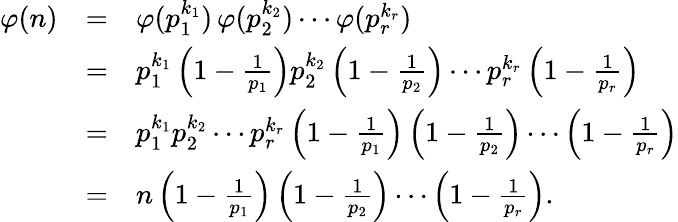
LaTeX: {\begin{array}{rcl}{\varphi(n)}&{=}&{\varphi(p_{1}^{k_{1}})\, \varphi(p_{2}^{k_{2}})\cdots\varphi(p_{r}^{k_{r}})}\\ &{=}&{p_{1}^{k_{1}}\left(1-{\frac{1}{p_{1}}}\right)p_{2}^{k_{2}}\left(1-{\frac{1}{p_{2}}}\right)\cdots p_{r}^{k_{r}}\left(1-{\frac{1}{p_{r}}}\right)}\\ &{=}&{p_{1}^{k_{1}}p_{2}^{k_{2}}\cdots p_{r}^{k_{r}}\left(1-{\frac{1}{p_{1}}}\right)\left(1-{\frac{1}{p_{2}}}\right)\cdots\left(1-{\frac{1}{p_{r}}}\right)}\\ &{=}&{n\left(1-{\frac{1}{p_{1}}}\right)\left(1-{\frac{1}{p_{2}}}\right)\cdots\left(1-{\frac{1}{p_{r}}}\right).}\end{array}}